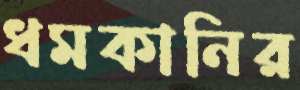
ধমকানির